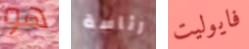
هو رئاسة فايوليت